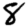
Digit: 8